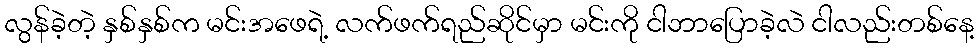
လွန်ခဲ့တဲ့ နှစ်နှစ်က မင်းအဖေရဲ့ လက်ဖက်ရည်ဆိုင်မှာ မင်းကို ငါဘာပြောခဲ့လဲ ငါလည်းတစ်နေ့